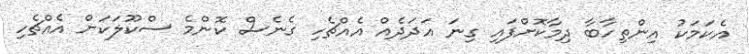
އެކަމަކު އިންތިހާބާ ދިމާކޮށްފައި ގިނަ އަދަދެއް އެއްޗެހި ގެނެސް ކޮންމެ ސްކޫލަކަށް އެއްޗެހި